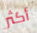
أكثر